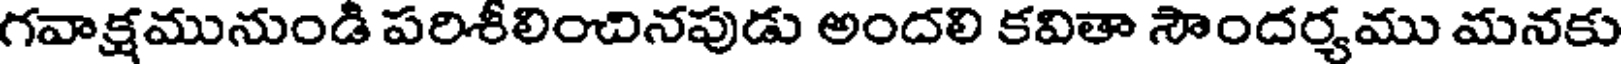
గవాక్షమునుండి పరిశీలించినపుడు అందలి కవితా సౌందర్యము మనకు